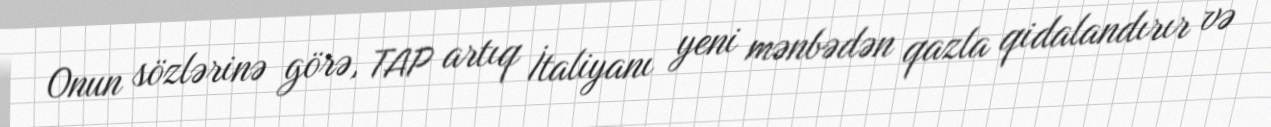
Onun sözlərinə görə, TAP artıq İtaliyanı yeni mənbədən qazla qidalandırır və